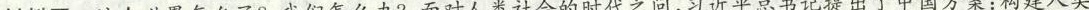
材料四 这个世界怎么了?我们怎么办?面对人类社会的时代之问，习近平总书记提出了中国方案：构建人类